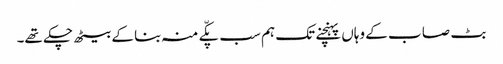
بٹ صا ب کے وہاں پہنچنے تک ہم سب پکّے منہ بنا کے بیٹھ چکے تھے۔